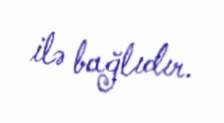
ilə bağlıdır.